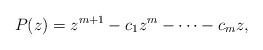
LaTeX: \begin{align*}P(z) = z^{m+1} - c_1z^m - \cdots - c_m z,\end{align*}